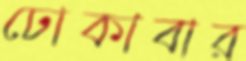
ঢোকাবার